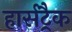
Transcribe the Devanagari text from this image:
हार्सट्रैक